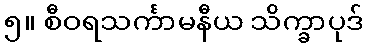
၅။ စီဝရသင်္ကာမနီယ သိက္ခာပုဒ်